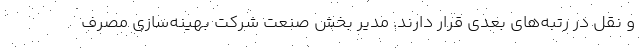
و نقل در رتبه‌های بعدی قرار دارند. مدیر بخش صنعت شرکت بهینه‌سازی مصرف